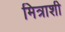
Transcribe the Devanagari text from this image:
मित्राशी